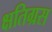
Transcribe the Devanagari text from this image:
क्षतिग्रस